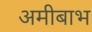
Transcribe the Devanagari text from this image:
अमीबाभ